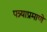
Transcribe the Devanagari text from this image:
पत्र्याप्रमाणे